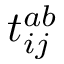
t _ { i j } ^ { a b }